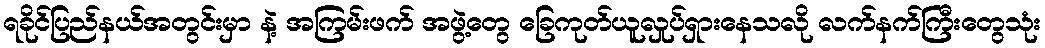
ရခိုင်ပြည်နယ်အတွင်းမှာ နဲ့ အကြမ်းဖက် အဖွဲ့တွေ ခြေကုတ်ယူလှုပ်ရှားနေသလို လက်နက်ကြီးတွေသုံး